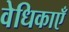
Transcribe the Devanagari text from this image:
वेधिकाएँ